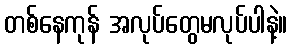
တစ်နေကုန် အလုပ်တွေမလုပ်ပါနဲ့။